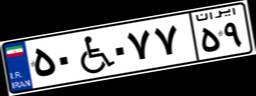
۵۵W۲۷۷۰۵